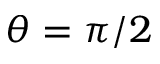
\theta = \pi / 2